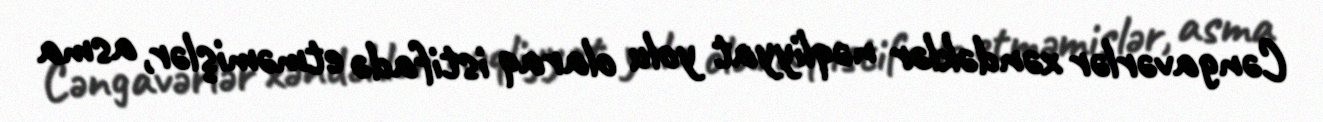
Cəngavərlər xəndəklər nəqliyyat yolu olaraq istifadə etməmişlər, asma